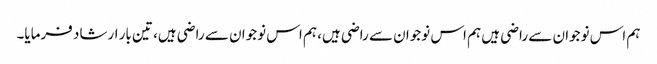
ہم اس نوجوان سے راضی ہیں ہم اس نوجوان سے راضی ہیں، ہم اس نوجوان سے راضی ہیں، تین بار ارشاد فرمایا۔